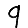
Digit: 9